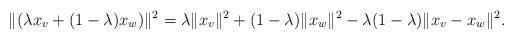
LaTeX: \begin{align*} \|(\lambda x_v + (1-\lambda)x_w)\|^2=\lambda\|x_v\|^2 +(1-\lambda)\|x_w\|^2-\lambda(1-\lambda)\|x_v-x_w\|^2.\end{align*}